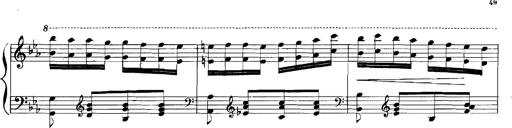
Title: Rhapsodies hongroises
Composer: Franz Liszt